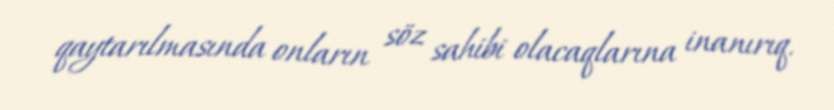
qaytarılmasında onların söz sahibi olacaqlarına inanırıq.